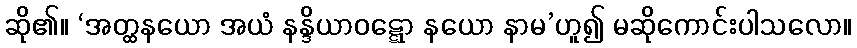
ဆို၏။ ‘အတ္ထနယော အယံ နန္ဒိယာဝဋ္ဋော နယော နာမ’ဟူ၍ မဆိုကောင်းပါသလော။